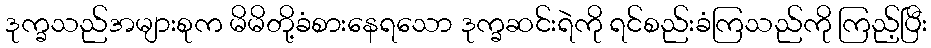
ဒုက္ခသည်အများစုက မိမိတို့ခံစားနေရသော ဒုက္ခဆင်းရဲကို ရင်စည်းခံကြသည်ကို ကြည့်ပြီး